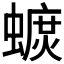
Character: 𧐚